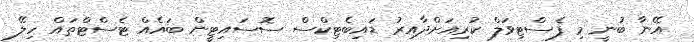
އޭނާ ބުނީ މި ފެސްޓިވަލް ކުރިއަށްދާއިރު ޑައިބެޓިކްސް ސޮސައިޓީން ބައެއް ޓެސްޓްތައް ހިލޭ